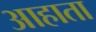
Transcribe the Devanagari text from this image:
आहाता